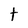
Character: t